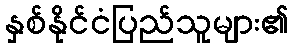
နှစ်နိုင်ငံပြည်သူများ၏